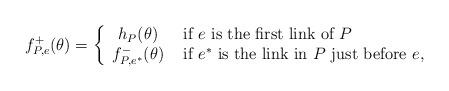
LaTeX: \begin{align*}f_{P,e}^+(\theta)=\left\{\begin{array}{cl}h_P(\theta)&\mbox{ if $e$ is the first link of $P$}\\f_{P,e^*}^-(\theta)& \mbox{ if $e^*$ is the link in $P$ just before $e$,}\end{array}\right.\end{align*}